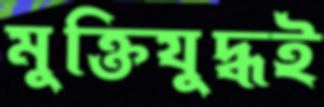
মুক্তিযুদ্ধই